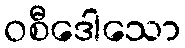
ဝစီဒေါသော